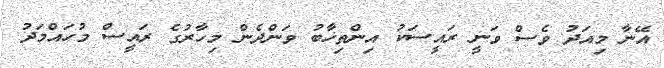
އޭނާ މިއަދު ވެސް ވަނީ ރައީސަކު އިންތިޚާބު ވަންދެން މިހާރުގެ ރައީސް މުހައްމަދު